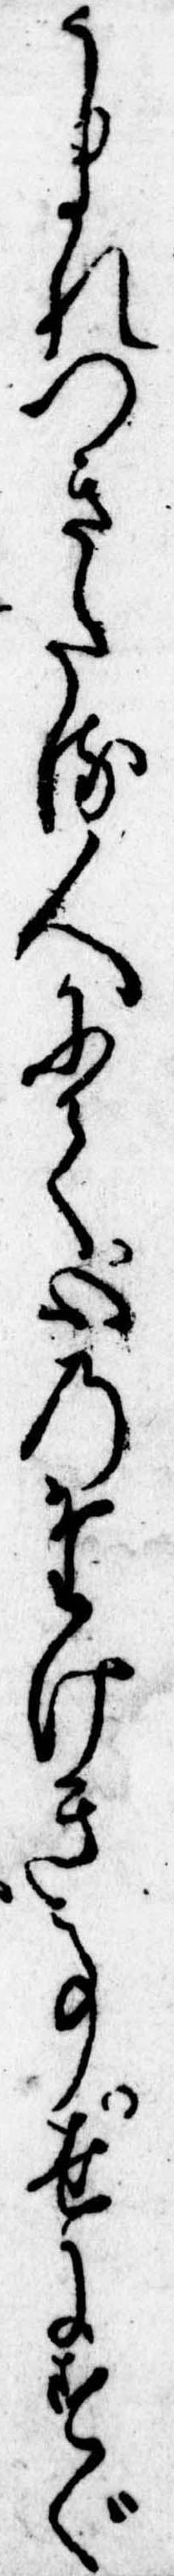
うまれつきたる人にて心のたけき事世にすぐ